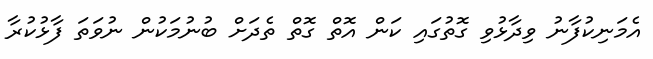
އެމަނިކުފާނު ވިދާޅުވި ގޮތުގައި ކަން އޮތް ގޮތް ތެދަށް ބުނުމަކުން ނުވަތަ ފާޅުކުރާ